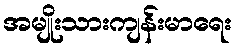
အမျိုးသားကျန်းမာရေး